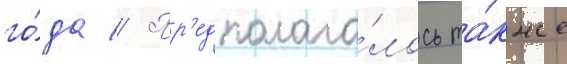
го́да // Пр'едполага́лось та́кже